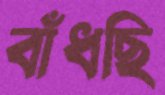
বাঁধছি